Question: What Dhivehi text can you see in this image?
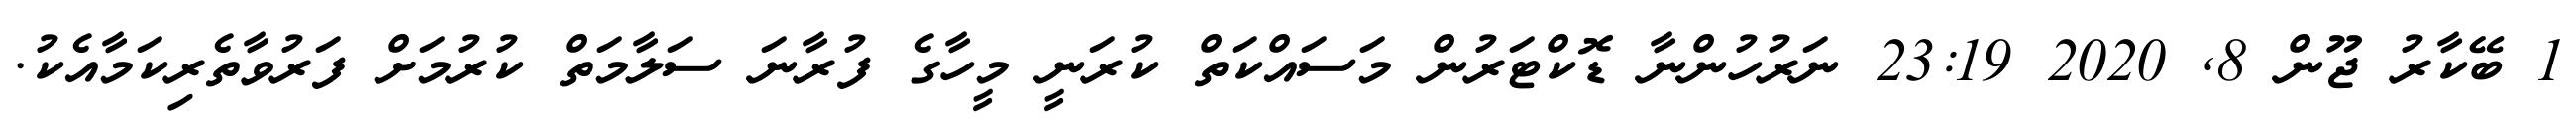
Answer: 1 ބޭކާރު ޖޫން 8, 2020 23:19 ނަރުހުންނާ ޑޮކްޓަރުން މަސައްކަތް ކުރަނީ މީހާގެ ފުރާނަ ސަލާމަތް ކުރުމަށް ފަރުވާތެރިކަމާއެކު.